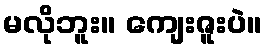
မလိုဘူး။ ကျေးဇူးပဲ။